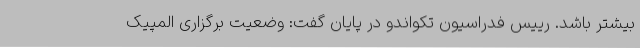
بیشتر باشد. رییس فدراسیون تکواندو در پایان گفت: وضعیت برگزاری المپیک